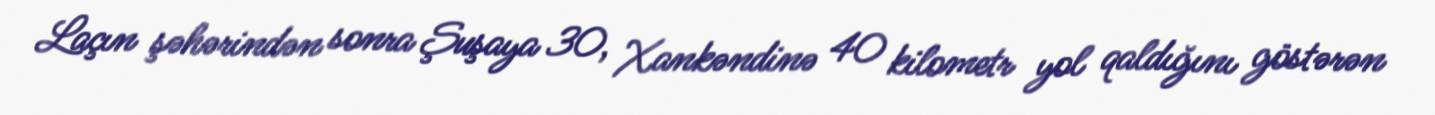
Laçın şəhərindən sonra Şuşaya 30, Xankəndinə 40 kilometr yol qaldığını göstərən